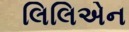
લિલિએન